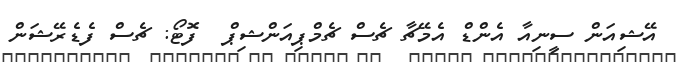
އޭޝިއަން ސީނިއާ އެންޑް އެމޭޗާ ޗެސް ޗެމްޕިއަންޝިޕް  ފޮޓޯ: ޗެސް ފެޑެރޭޝަން